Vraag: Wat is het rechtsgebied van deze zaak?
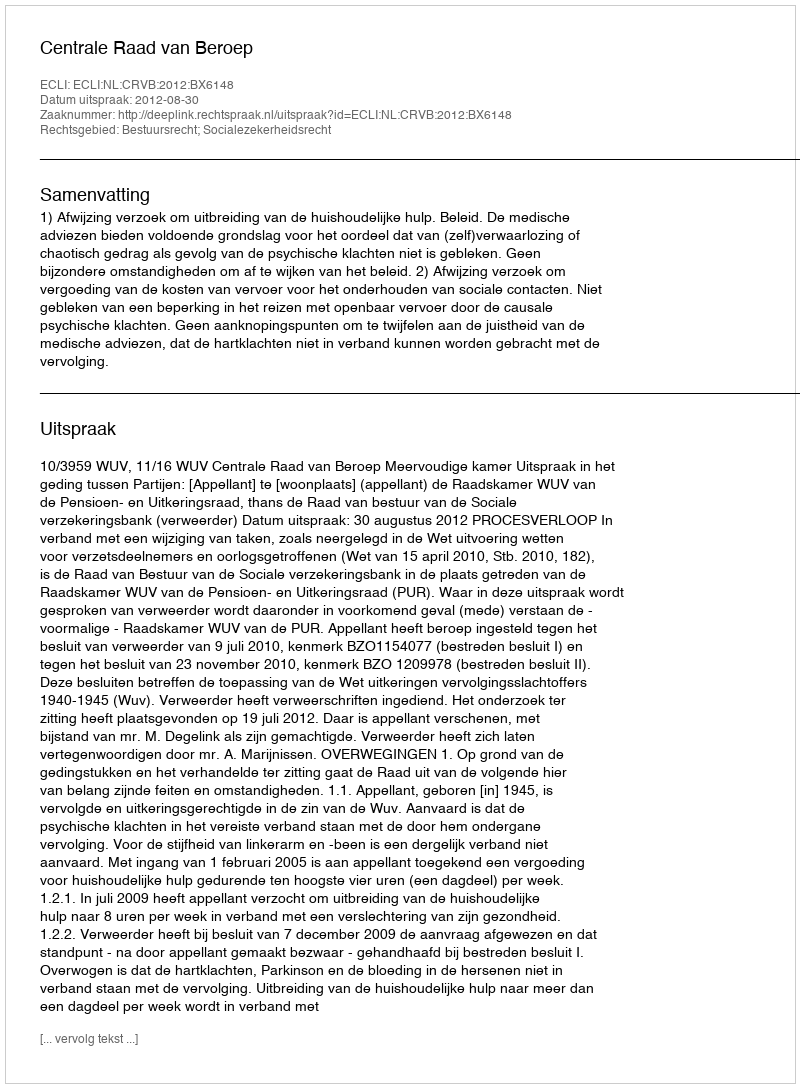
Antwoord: Bestuursrecht; Socialezekerheidsrecht